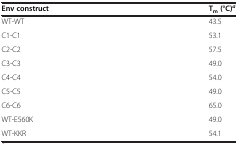
| Env construct | Tm(°C)a |
 | --- | --- |
 | WT-WT | 43.5 |
 | C1-C1 | 53.1 |
 | C2-C2 | 57.5 |
 | C3-C3 | 49.0 |
 | C4-C4 | 54.0 |
 | C5-C5 | 49.0 |
 | C6-C6 | 65.0 |
 | WT-E560K | 49.0 |
 | WT-KKR | 54.1 |